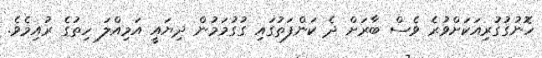
ހޮނުގުގުރިއަކަށްވުރެ ވެސް ބާރަށް ދެ ކަންފަތުގައި ގުގުމަމުން ދިޔައީ އަމިއްލަ ހިތުގެ ރުއިމެވެ.